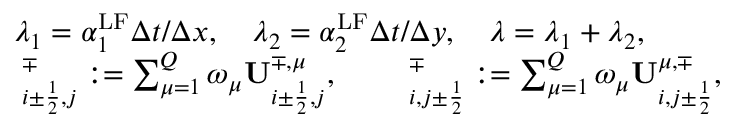
\begin{array} { r l } & { \lambda _ { 1 } = \alpha _ { 1 } ^ { \mathrm { { L F } } } \Delta t / \Delta x , \quad \lambda _ { 2 } = \alpha _ { 2 } ^ { \mathrm { L F } } \Delta t / \Delta y , \quad \lambda = \lambda _ { 1 } + \lambda _ { 2 } , } \\ & { { \bf \Pi } _ { i \pm \frac { 1 } { 2 } , j } ^ { \mp } : = \sum _ { \mu = 1 } ^ { Q } \omega _ { \mu } \mathbf { U } _ { i \pm \frac { 1 } { 2 } , j } ^ { \mp , \mu } , \qquad { \bf \Pi } _ { i , j \pm \frac { 1 } { 2 } } ^ { \mp } : = \sum _ { \mu = 1 } ^ { Q } \omega _ { \mu } \mathbf { U } _ { i , j \pm \frac { 1 } { 2 } } ^ { \mu , \mp } , } \end{array}